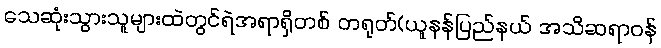
သေဆုံးသွားသူများထဲတွင်ရဲအရာရှိတစ် တရုတ်(ယူနန်ပြည်နယ် အသိဆရာဝန်